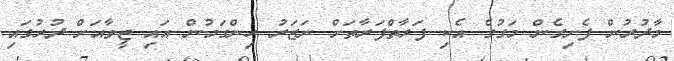
މާދުރުން ފެށިގެން މަގުގެ އެކި ފަރާތްފަރާތަށް ނަޒަރު ހިންގަމުން އައި ޒީވާއަށް ދުރުގައި